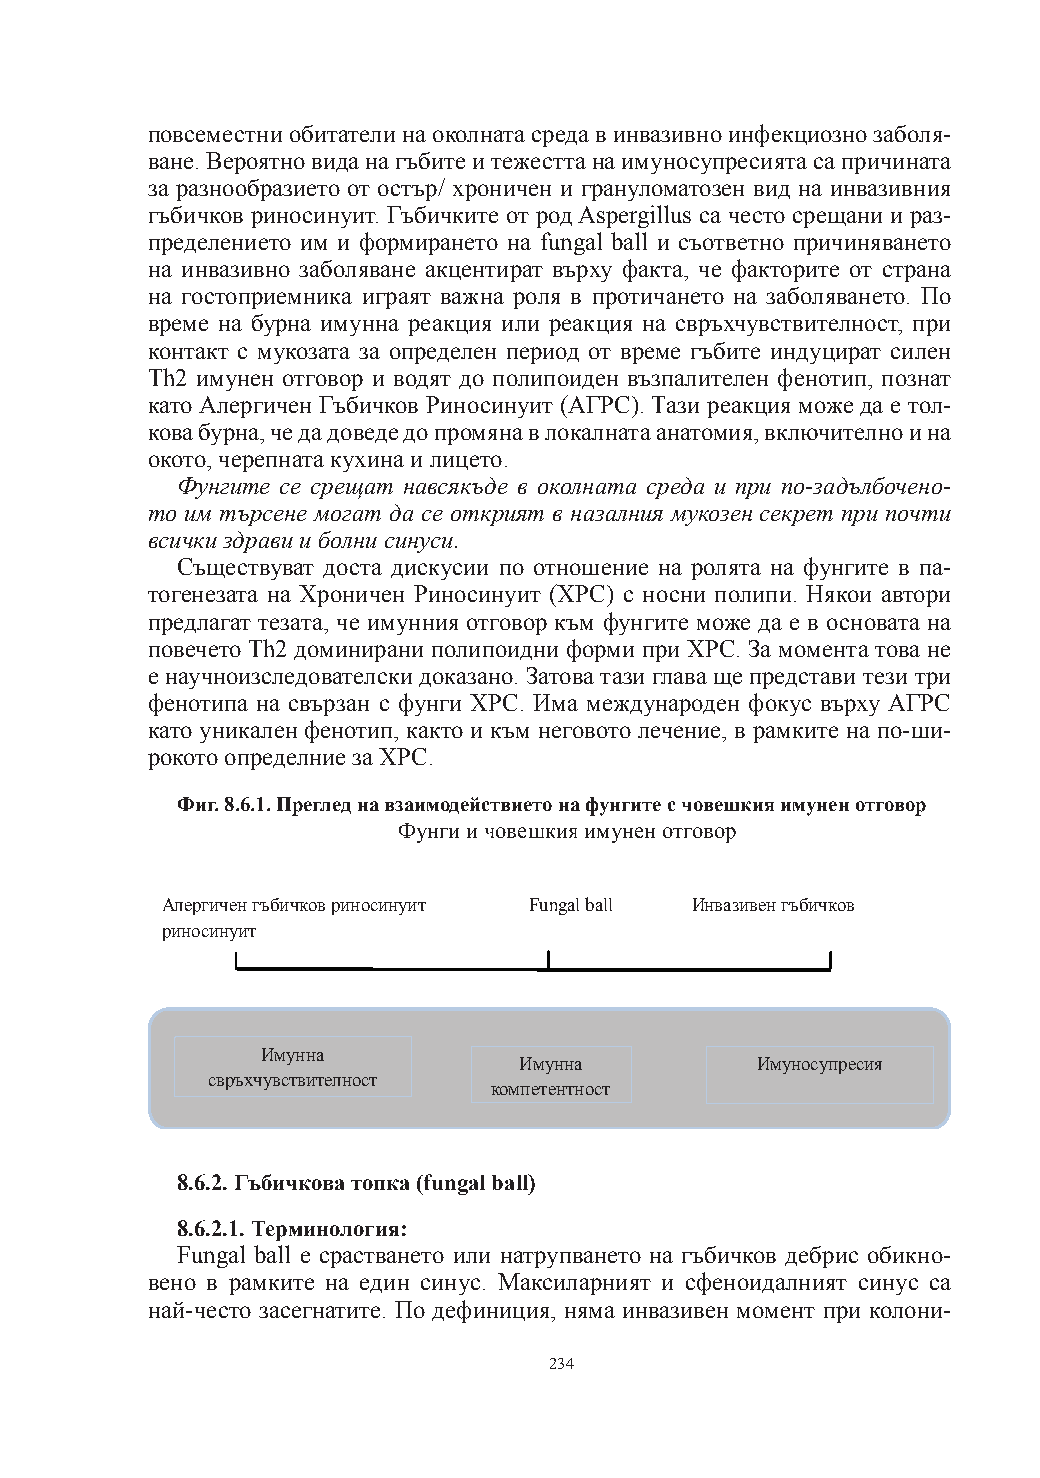
повсеместни обитатели на околната среда в инвазивно инфекциозно заболя-
 ване. Вероятно вида на гъбите и тежестта на имуносупресията са причината
 за разнообразието от остър/ хроничен и грануломатозен вид на инвазивния
 гъбичков риносинуит. Гъбичките от род Aspergillus са често срещани и раз-
 пределението им и формирането на fungal ball и съответно причиняването
 на инвазивно заболяване акцентират върху факта, че факторите от страна
 на гостоприемника играят важна роля в протичането на заболяването. По
 време на бурна имунна реакция или реакция на свръхчувствителност, при
 контакт с мукозата за определен период от време гъбите индуцират силен
 Th2 имунен отговор и водят до полипоиден възпалителен фенотип, познат
 като Алергичен Гъбичков Риносинуит (АГРС). Тази реакция може да е тол-
 кова бурна, че да доведе до промяна в локалната анатомия, включително и на
 окото, черепната кухина и лицето.
 Фунгите се срещат навсякъде в околната среда и при по-задълбочено-
 то им търсене могат да се открият в назалния мукозен секрет при почти
 всички здрави и болни синуси.
 Съществуват доста дискусии по отношение на ролята на фунгите в па-
 тогенезата на Хроничен Риносинуит (ХРС) с носни полипи. Някои автори
 предлагат тезата, че имунния отговор към фунгите може да е в основата на
 повечето Th2 доминирани полипоидни форми при ХРС. За момента това не
 е научноизследователски доказано. Затова тази глава ще представи тези три
 фенотипа на свързан с фунги ХРС. Има международен фокус върху АГРС
 като уникален фенотип, както и към неговото лечение, в рамките на по-ши-
 рокото определние за ХРС.
 Фиг. 8.6.1. Преглед на взаимодействието на фунгите с човешкия имунен отговор
 Фунги и човешкия имунен отговор
 Алергиченгъбичковриносинуит Fungalball Инвазивенгъбичков
 риносинуит
 Имунна
 Имунна          Имуносупресия
 свръхчувствителност
 компетентност
 8.6.2. Гъбичкова топка (fungal ball)
 8.6.2.1. Терминология:
 Fungal ball е срастването или натрупването на гъбичков дебрис обикно-
 вено в рамките на един синус. Максиларният и сфеноидалният синус са
 най-често засегнатите. По дефиниция, няма инвазивен момент при колони-
 234